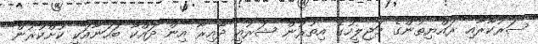
ސަރުކާރާއި ރައްޔިތުންގެ މަޖިލީހުގެ އިތުރުން ޝަރުއީ ދާއިރާ އިން ދައްކާ ބަހަނާއަކީ ކުށްކުރުން